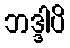
ဘဒ္ဒါပိ